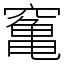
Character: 䆴